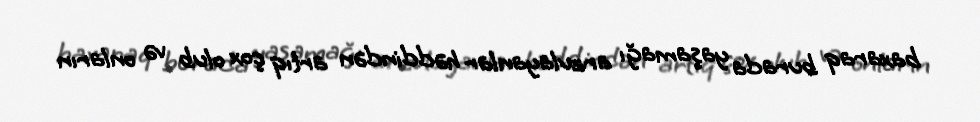
baxaraq burada yaşamağı arzulayanlar həddindən artıq çox olub və onların